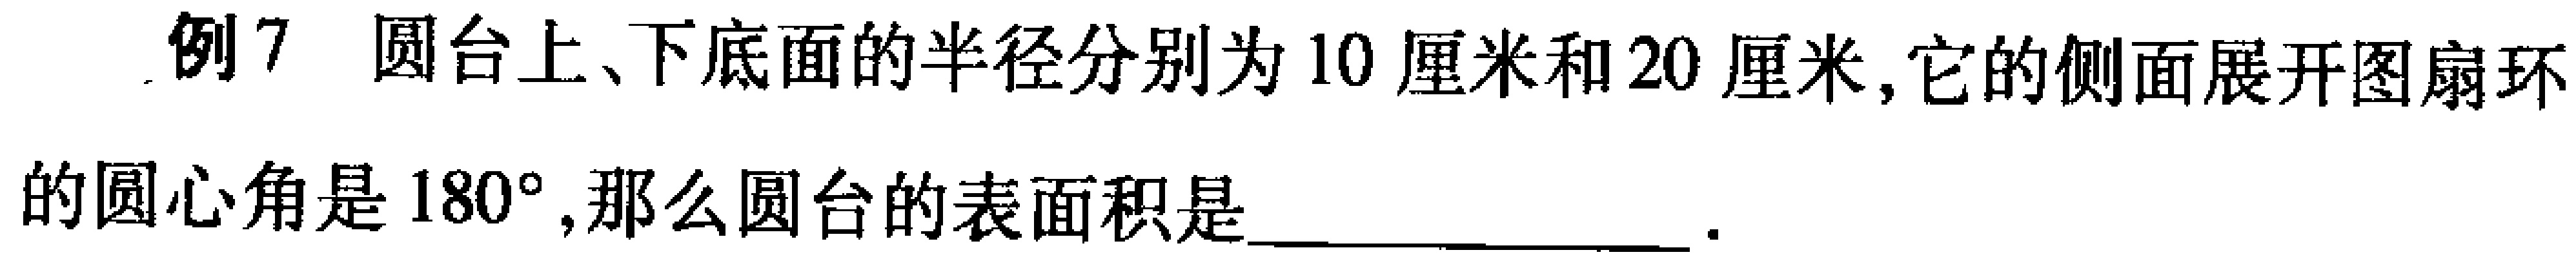
例7 圆台上、下底面的半径分别为10厘米和20厘米,它的侧面展开图扇环的圆心角是\(180^{\circ}\),那么圆台的表面积是____________ .